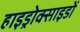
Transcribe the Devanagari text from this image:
हाइड्रोक्साइडों